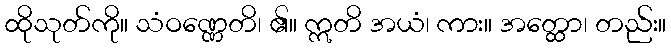
ထိုသုတ်ကို။ သံဝဏ္ဏေတိ၊ ၏။ ဣတိ အယံ၊ ကား။ အတ္ထော၊ တည်း။